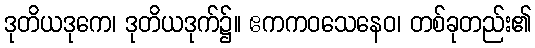
ဒုတိယဒုကေ၊ ဒုတိယဒုက်၌။ ဧကကဝသေနေဝ၊ တစ်ခုတည်း၏